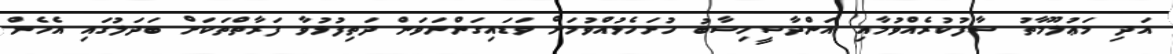
އަދި މަޢުލޫމާތު ސާފުކުރެއްވުމާއި އަންދާސީހިސާބު ހުށަހެޅުއްވުމަށް ވަޑައިގަންނަވަން ދަތިފުޅުވާ ފަރާތްތަކަށް ބަދަލުގައި އެހެން